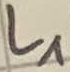
Text: L1